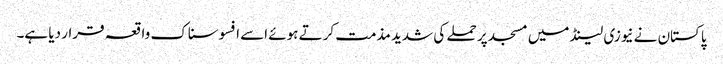
پاکستان نے نیوزی لینڈ میں مسجد پر حملے کی شدید مذمت کرتے ہوئے اسے افسوسناک واقعہ قرار دیا ہے۔